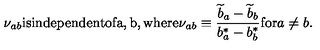
\nu _ { a b } { \mathrm { i s i n d e p e n d e n t o f a , b , w h e r e } } \nu _ { a b } \equiv { \frac { { \widetilde b } _ { a } - { \widetilde b } _ { b } } { b _ { a } ^ { * } - b _ { b } ^ { * } } } { \mathrm { f o r } } a \not = b .